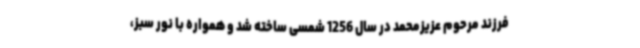
فرزند مرحوم عزیزمحمد در سال 1256 شمسی ساخته شد و همواره با نور سبز،